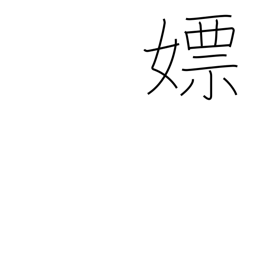
Meaning: wanton